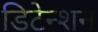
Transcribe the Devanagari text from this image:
डिटेन्शन